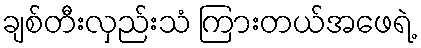
ချစ်တီးလှည်းသံ ကြားတယ်အဖေရဲ့